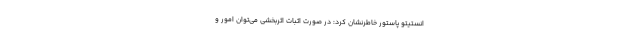
انستیتو پاستور خاطرنشان کرد: در صورت اثبات اثربخشی می‌توان امور و